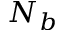
N _ { b }